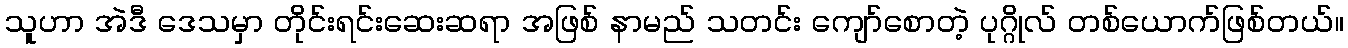
သူဟာ အဲဒီ ဒေသမှာ တိုင်းရင်းဆေးဆရာ အဖြစ် နာမည် သတင်း ကျော်စောတဲ့ ပုဂ္ဂိုလ် တစ်ယောက်ဖြစ်တယ်။